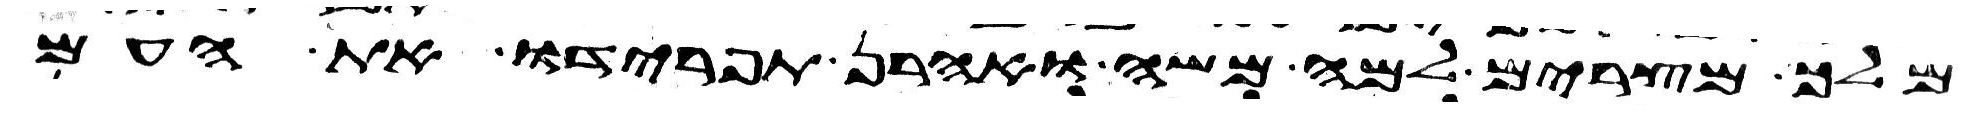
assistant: מלך מצרים למה משה ואהרן תפרידו את העם